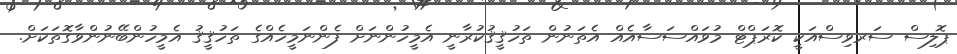
ޕޮލިސް ސަރވިސްއަކީ ކޮރަޕްޓް މުވައްސަސާއެއް އެތަނުން ތަހުޤީޤުކުރާނީ އެމީހުންނަށް ފެންނަމީހެއްގެ ތަހުޤީޤު އެމީހުންބޭނުންވާގޮތަކަށް.